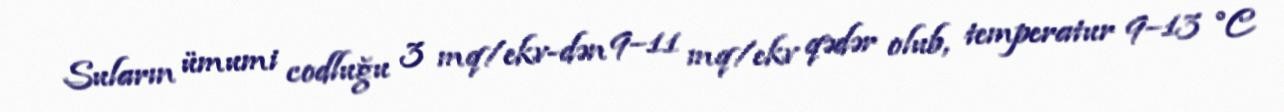
Suların ümumi codluğu 3 mq/ekv-dən 9–11 mq/ekv qədər olub, temperatur 9–13 °C